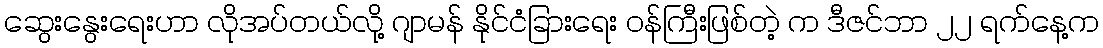
ဆွေးနွေးရေးဟာ လိုအပ်တယ်လို့ ဂျာမန် နိုင်ငံခြားရေး ဝန်ကြီးဖြစ်တဲ့ က ဒီဇင်ဘာ ၂၂ ရက်နေ့က